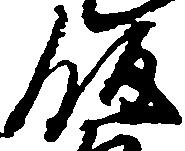
飯